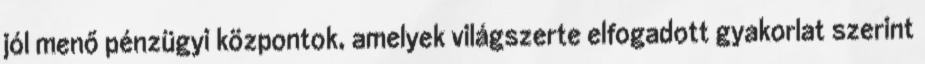
jól menő pénzügyi központok, amelyek világszerte elfogadott gyakorlat szerint